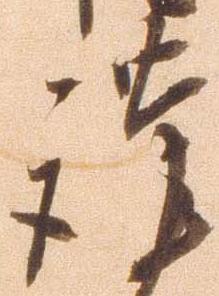
謹